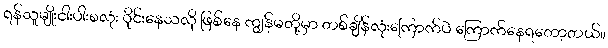
ရန်သူမျိုးငါးပါးစလုံး ဝိုင်းနေသလို ဖြစ်နေ ကျွန်မတို့မှာ တစ်ချိန်လုံးကြောက်ပဲ ကြောက်နေရတော့တယ်။